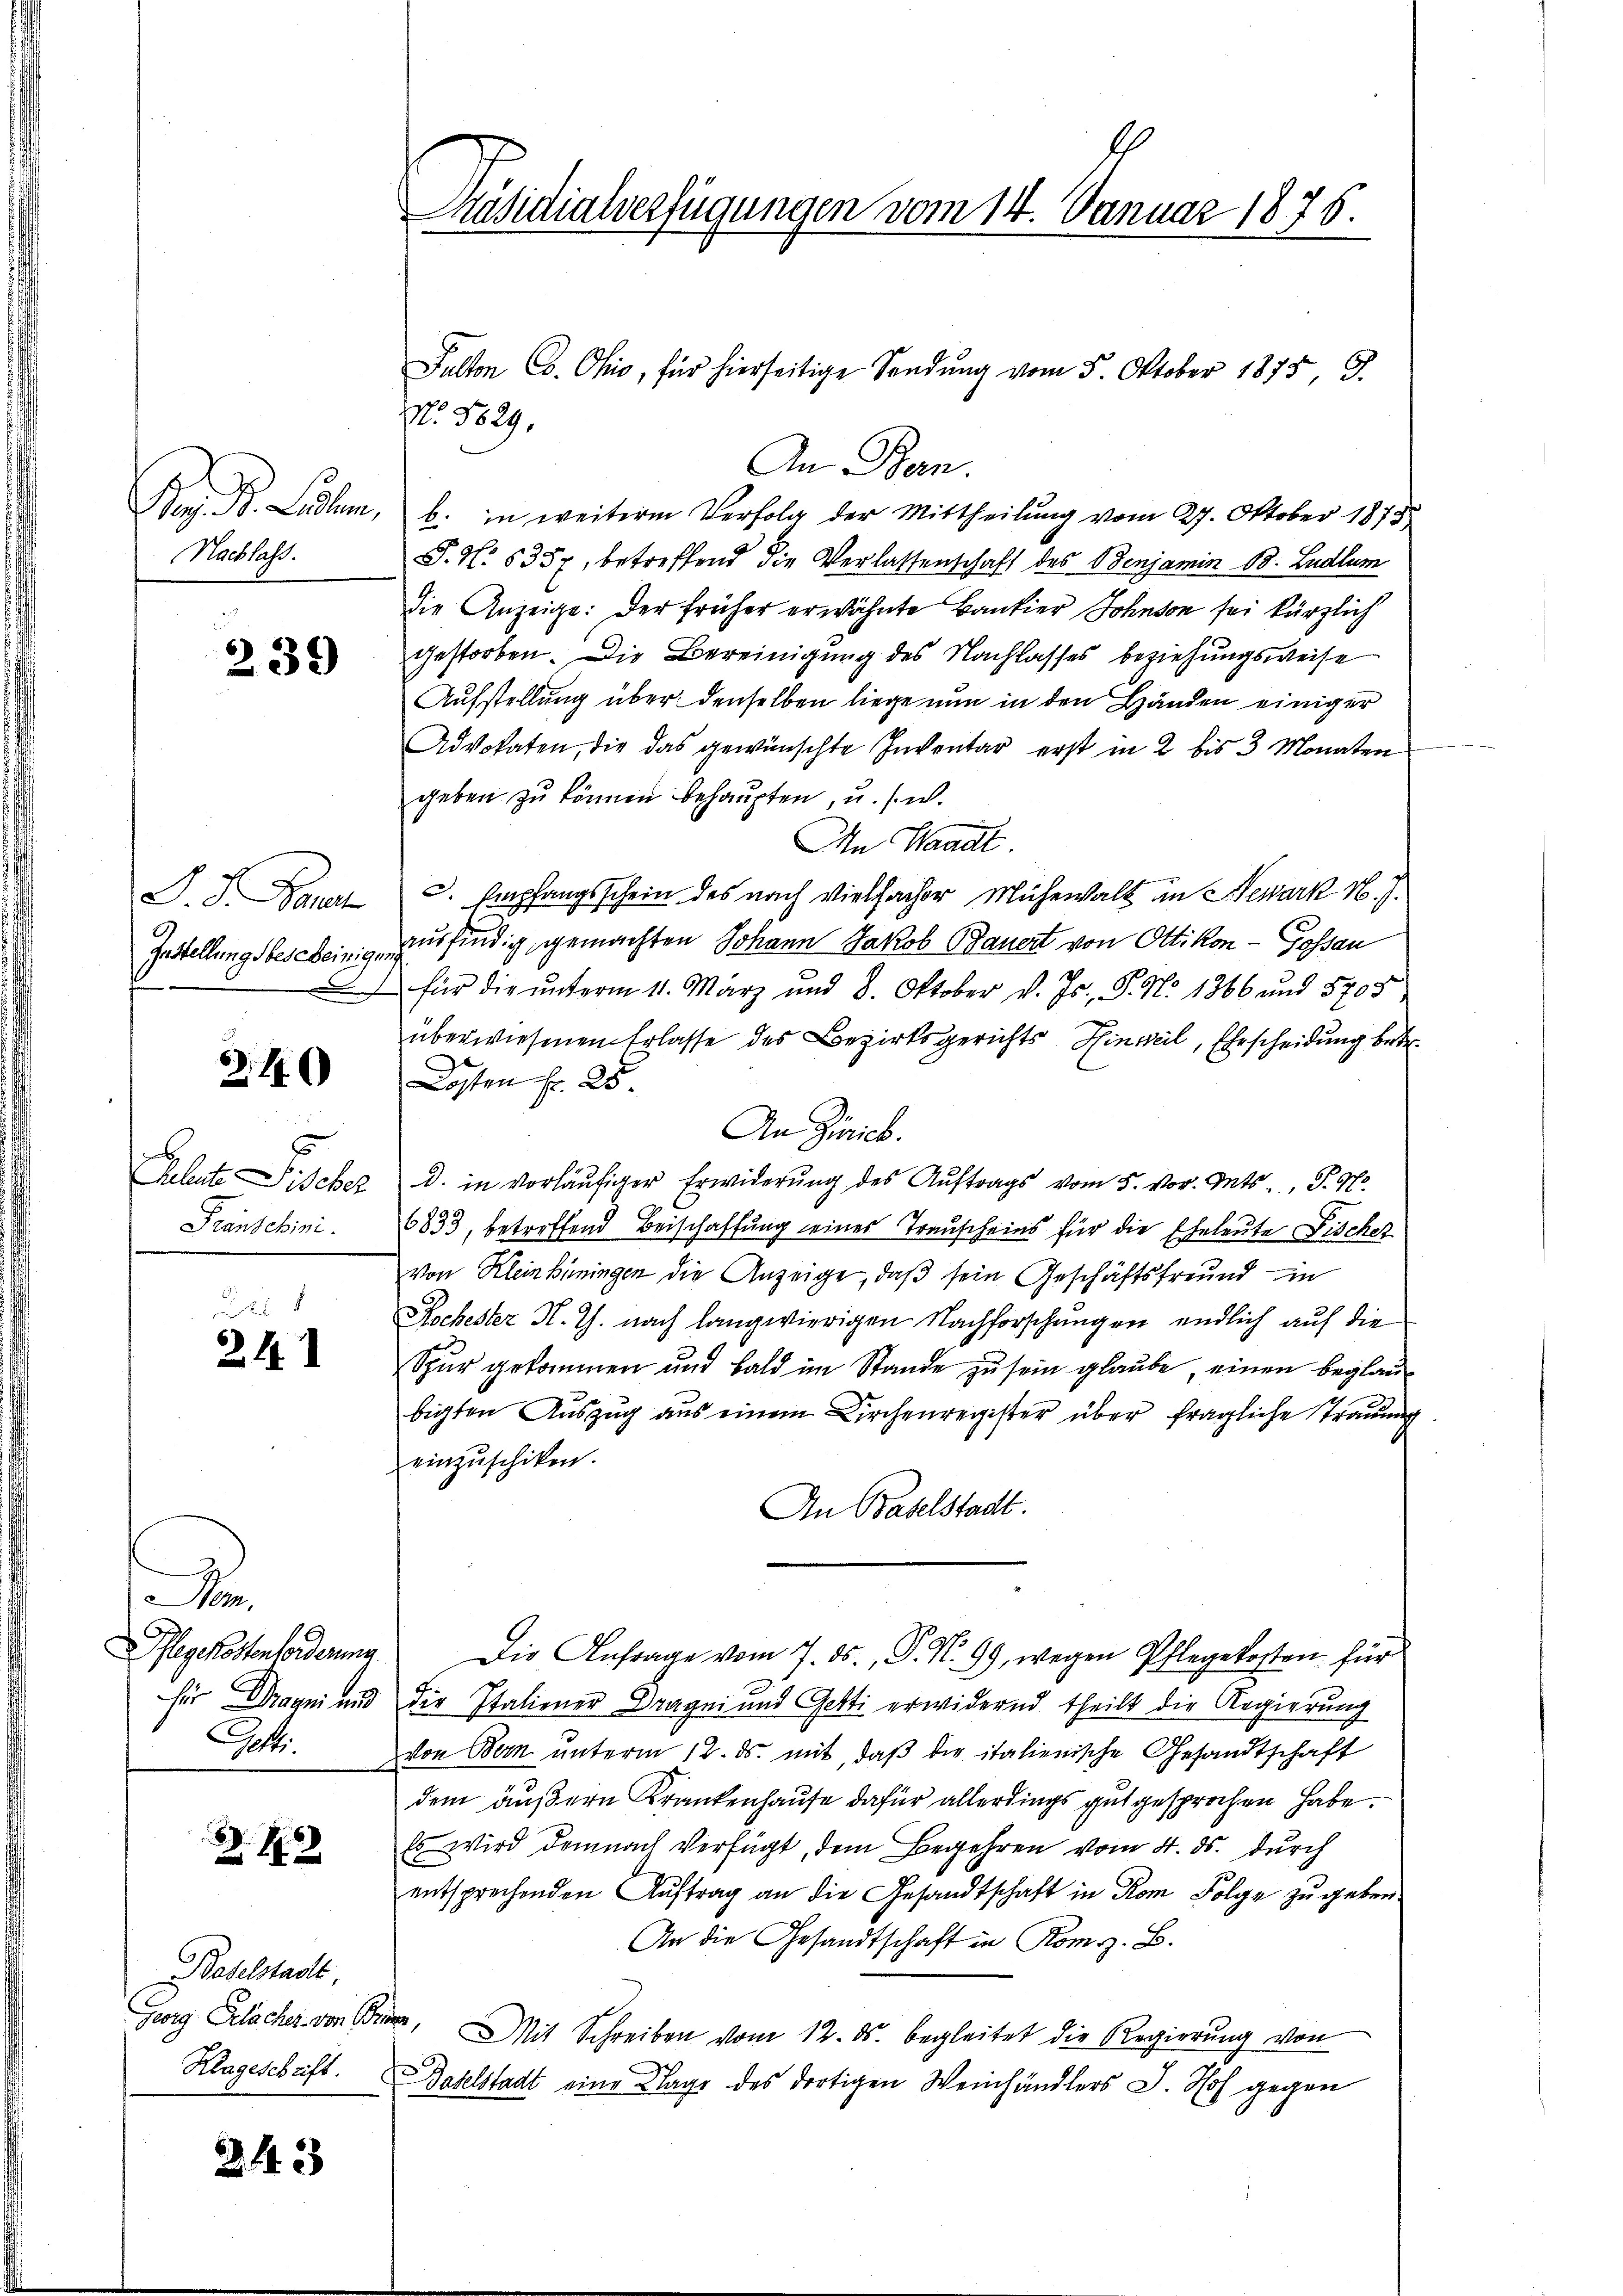
Nachlass.

239

Zustellungsbescheinigung

3.11.

Pranschini.

2. 14.

A
Pflegenstenforderung
.

13

Baselstadt,
Georg Gelacher von Brunn,

343

No. 1829.
An Bern.
Bi. B. Ludlum, b. in weiterm Verfolg der Mittheilung vom 27. Oktober 1873.
T. N. 5357, betreffend die Verlassenschaft des Benjamin Bd. Ludlum
die Anzeige: Der früher erwähnte Bankier Johnson sei kürzlich
gestorben. Die Bereinigung des Nachlasses beziehungsweise
Aufstellung über denselben liege nun in den Händen einiger
Advokaten, die das gewünschte Inventar erst in 2 bis 3 Monaten
geben zu können behaupten, u. s. w.
An Waadt
J. J. Bauer u. Empfangsschein des nach vielfacher Mühewalt in Newark N. J.
ausfindig gemachten Johann Jakob Bauert von Ottikon - Gossau
 für die ŭnterm 11. März und 8. Oktober v. Js., S. No. 1866 und 5705
überwiesenen Erlasse des Bezirksgerichts Hinweil, Ehescheidung betr.
Kosten Fr. 28
An Zürich.
Keleute Fischer d. in vorläŭfiger Erwiderŭng des Aŭftrags vom 5. vor. Mts. S. Nr.
6833, betreffend Beischaffung eines Trauscheins für die Eheleute Fischez
von Kleinküningen die Anzeige, daß sein Geschäftsfreund in
Kochester K. Th. nach langwierigen Nachforschungen endlich auf die
Spur gekommen und bald im Stande zu sein glaube, einen beglaubigten Auszug aus einem Kirchenregister über fragliche Trauung
einzuschiken.
An Baselstadt.
Die Anfrage vom 7. ds., P. Nr. 99, wegen Pflegekosten für
für Draqni und die Italiener Dragni und Getti erwidernd theilt die Regierung
von Bern unterm 12. ds. mit, daß die italienische Gesandtschaft
dem äußern Krankenhause dafür allerdings gut gesprochen habe.
Es wird demnach Verfügt, dem Begehren vom 4. ds. durch
entsprechenden Aŭftrag an die Gesandtschaft in Rom Folge zŭ geben
An die Gesandtschaft in Komiz. B.
Mit Schreiben vom 12. ds. begleitet die Regierŭng von
Klageschrift. Baselstadt eine Klage des dortigen Weinhändlers J. Hof gegen

Päsidialverfügungen vom 14. Januar 1876.

Pulton Co. Ohio, für hierseitige Sendung vom 5. Oktober 1875, 3.